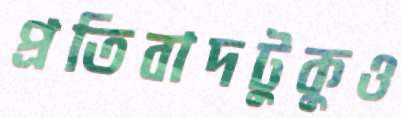
প্রতিবাদটুকুও